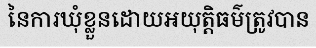
នៃការឃុំខ្លួនដោយអយុត្តិធម៌ត្រូវបាន